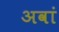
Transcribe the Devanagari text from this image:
अवां